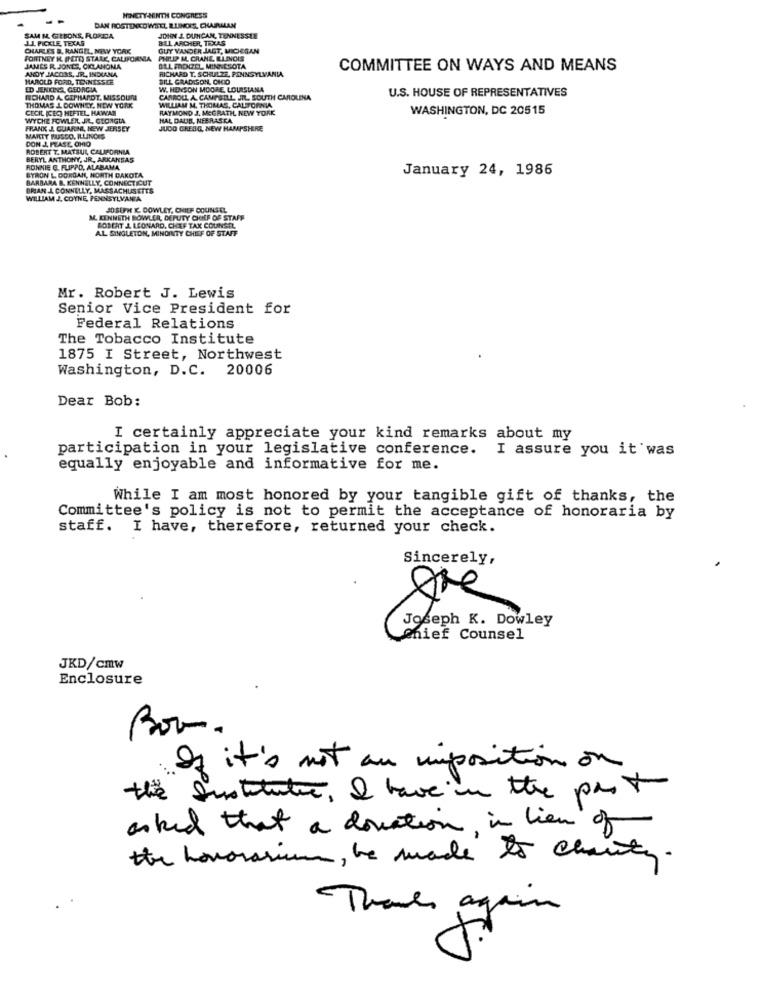
NINETY-MEINTH CONGRESS
DAN ROSTENKOWSKI ILLINOIS, CHAIRALAN
J.J. PICKLE, TEXAS
SAM M. GIBBONS, FLORIDA
JOHN A. DUNCAN, TENNESSEE
BILL ARCHER, TEXAS
CHARLES &. RANGEL, NEW YORK
GUY VANDER JAGT, MICICSAN
FORTNEY IL. PHOTO STARK, CALIFORNIA
PHILIP ML. CRANE, ILLINOIS
JAMES R. JONES, OKLAHOMA
ANDY JACOBS, JR, INDIANA
DEL FRENZEL, MINNESOTA
RICHARD T. SCHULZE, PENNSYLVANIA
COMMITTEE ON WAYS AND MEANS
HAROLD FORD, TENNESSEE
BILL GRADISON, OHIO
ED JENKINS, GEORGIA
W. HENSON MOORE, LOUISIANA
U.S. HOUSE OF REPRESENTATIVES
RCHIARD A GEPHARDT, MISSOUN
CARROLL A. CAMPBELL JIL. SOUTH CAROLINA
CECIL ICEC) HEFTER, HAWAN
THOMAS J. DOWNEY, NEW YORK
WILLIAM M. THOMAS, CALIFORNIA
RAYMOND J. MCGRATH, NEW YORK
WASHINGTON, DC 20515
WYCHE FOWLERL JIL, GEORGIA
HAL DAUIB, NEBRASKA
FRANK J. GUARM, NEW JERSEY
JUDO CREDO, NEW HAMPSHIRE
MARTY RUSSO, ILLINOIS
DON J. PEASE, OHIO
ROBERT T. MATSUL CALIFORNIA
BERYL ANTHONY, JR, ARKANSAS
BYRON L. DORGAN, NORTH DAKOTA
RONNIE G. FLIPPO, ALABAMA
January 24, 1986
BARBARA B. KENNELLY, CONNECTICUT
BRIAN A CONNELLY, MASSACHUSETTS
WILLIAM J. COYNE, PENNSYLVANIA
JOSEPH K. DOWLEY, CHIEF COUNSEL.
M. KENNETH BOWLER, DEPUTY CHIEF OF STAFF
ROBERT J. LEONARD, CHEF TAK COUNSEL
AL SINGLETON, MINOINTY CHIEF OF STAFF
Mr. Robert J. Lewis
Senior Vice President for
Federal Relations
The Tobacco Institute
1875 I Street, Northwest
Washington, D.C. 20006
Dear Bob:
I certainly appreciate your kind remarks about my
participation in your legislative conference. I assure you it was
equally enjoyable and informative for me.
While I am most honored by your tangible gift of thanks, the
Committee's policy is not to permit the acceptance of honoraria by
staff. I have, therefore, returned your check.
Sincerely,
Joseph K. Dowley
Chief Counsel
JKD/cmw
Enclosure
Bom.
If it's not an imposition on
the sustitutie, I have in the past
asked that a donation in lien of
the honorarium, be made to charity.
Thanks again